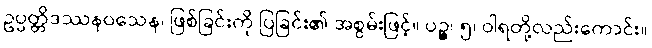
ဥပ္ပတ္တိဒဿနဝသေန၊ ဖြစ်ခြင်းကို ပြခြင်း၏ အစွမ်းဖြင့်။ ပဉ္စ၊ ၅၊ ဝါရတို့လည်းကောင်း။